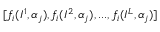
[ f _ { i } ( I ^ { 1 } , \alpha _ { j } ) , f _ { i } ( I ^ { 2 } , \alpha _ { j } ) , . . . , f _ { i } ( I ^ { L } , \alpha _ { j } ) ]